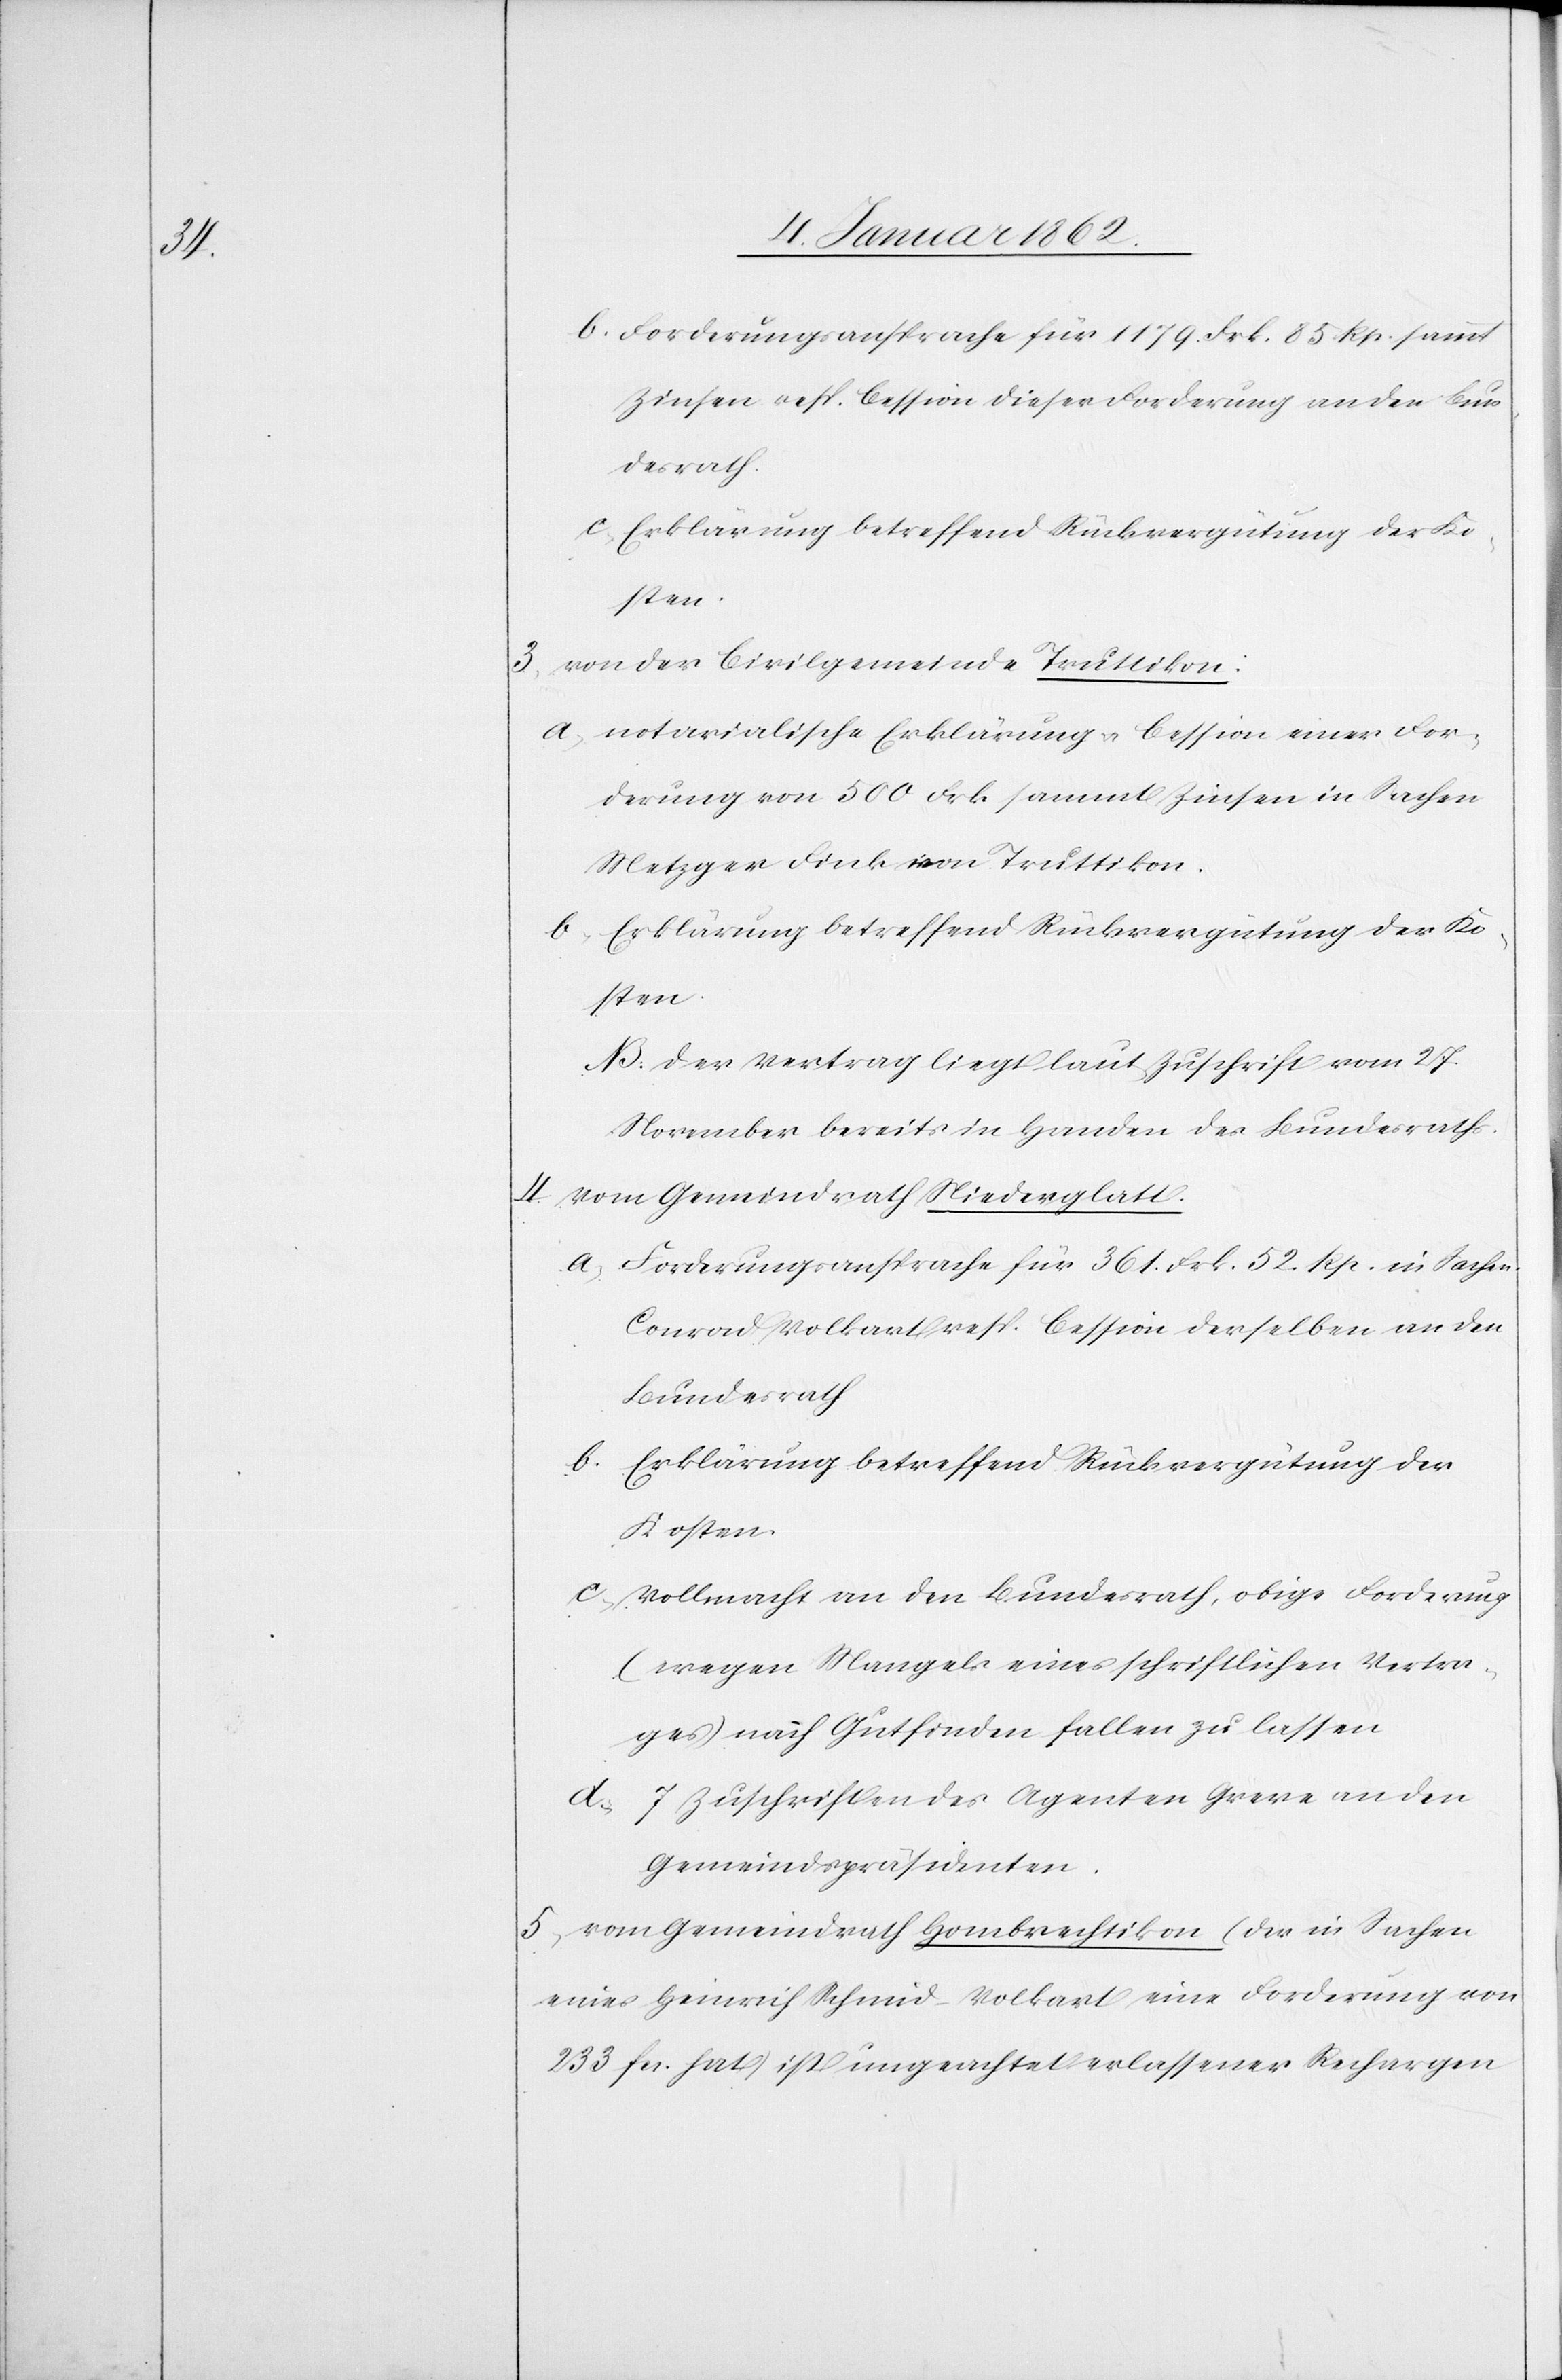
b. Forderungsansprache für 1179. Frk. 85 Rp. sammt
Zinsen resp. Cession dieser Forderung an den Bun¬
desrath.
3. von der Civilgemeinde Truttikon:
a. notarialische Erklärung u. Cession einer For¬
derung von 500 Frk. sammt Zinsen in Sachen
Metzger Fink von Truttikon.
NB: der Vertrag liegt laut Zuschrift vom 27.
November bereits in Handen des Bundesraths.
4. vom Gemeindrath Niederglatt.
a. Forderungsansprache für 361. Frk. 52 Rp. in Sachen
Conrad Volkart resp. Cession derselben an den
Bundesrath
b. Erklärung betreffend Rückvergütung der
Kosten
c. Vollmacht an den Bundesrath, obige Forderung
(wegen Mangels eines schriftlichen Vertra¬
ges) nach Gutfinden fallen zu lassen
d. 7 Zuschriften des Agenten Greve an den
Gemeindspräsidenten.
5. vom Gemeindrath Hombrechtikon (der in Sachen
eines Heinrich Schmid-Volkart eine Forderung von
233 fcs hat) ist ungeachtet erlassener Rechargen